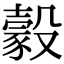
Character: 豰